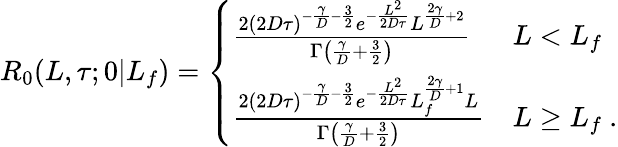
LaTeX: \begin{array}{r}{R_{0}(L,\tau;0|L_{f})=\left\{ \begin{array}{ll}{\frac{2(2D\tau)^{-\frac{\gamma}{D}-\frac{3}{2}}e^{-\frac{L^{2}}{2D\tau}}L^{\frac{2\gamma}{D}+2}}{\Gamma\left(\frac{\gamma}{D}+\frac{3}{2}\right)}}&{L<L_{f}}\\ {\frac{2(2D\tau)^{-\frac{\gamma}{D}-\frac{3}{2}}e^{-\frac{L^{2}}{2D\tau}}L_{f}^{\frac{2\gamma}{D}+1}L}{\Gamma\left(\frac{\gamma}{D}+\frac{3}{2}\right)}}&{L\ge L_{f}\ .}\end{array}\right.}\end{array}